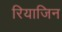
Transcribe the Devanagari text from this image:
रियाजिन